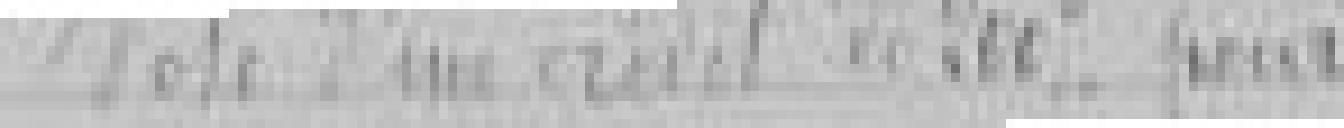
Vote d'un crédit de 200 francs pour